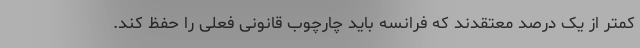
کمتر از یک درصد معتقدند که فرانسه باید چارچوب قانونی فعلی را حفظ کند.